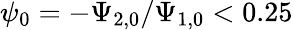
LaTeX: \psi_{0}=-\Psi_{2,0}/\Psi_{1,0}<0.25